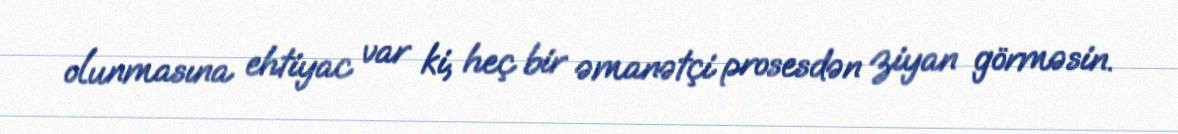
olunmasına ehtiyac var ki, heç bir əmanətçi prosesdən ziyan görməsin.